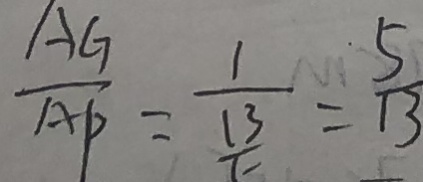
\frac { A G } { A P } = \frac { \frac { 1 } { 1 3 } } { \frac { 1 3 } { 5 } } = \frac { 5 } { 1 3 }